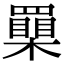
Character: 𦌮